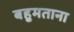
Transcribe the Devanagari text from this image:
बहुमताना